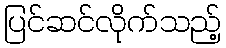
ပြင်ဆင်လိုက်သည့်